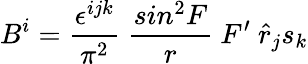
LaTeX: B^{i}=\frac{\epsilon^{ijk}}{\pi^{2}}~\frac{sin^{2}F}{r}~F^{\prime}~{\hat{r}}_{j}s_{k}